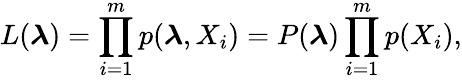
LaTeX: L(\boldsymbol{\lambda})=\prod_{i=1}^{m}p(\boldsymbol{\lambda},X_{i})=P(\boldsymbol{\lambda})\prod_{i=1}^{m}p(X_{i}),